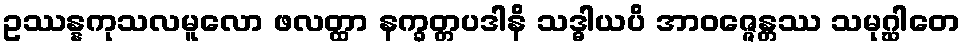
ဥဿန္နကုသလမူလော ဖလတ္ထာ နက္ခတ္တပဒါနိ သဒ္ဓါယပိ အာဝဇ္ဇေန္တဿ သမုဂ္ဃါတေ